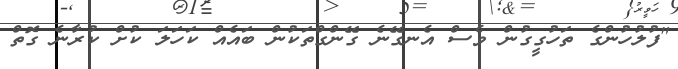
"ފުލުހުންގެ ތަހުގީގުން ވެސް އެނގޭނެ ގޭންގްތަކުން ބައެއް ކަހަލަ ކުށް ކުރާނެ ގޮތް